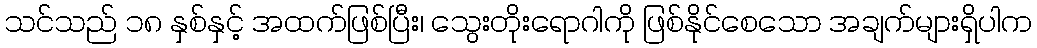
သင်သည် ၁၈ နှစ်နှင့် အထက်ဖြစ်ပြီး၊ သွေးတိုးရောဂါကို ဖြစ်နိုင်စေသော အချက်များရှိပါက